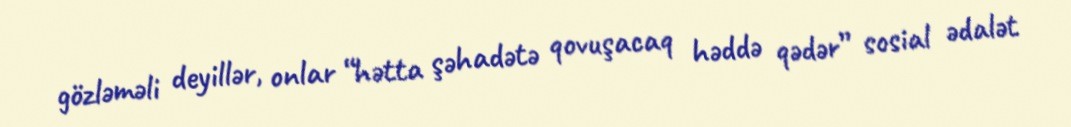
gözləməli deyillər, onlar “hətta şəhadətə qovuşacaq həddə qədər” sosial ədalət